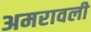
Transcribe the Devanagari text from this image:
अमरावली